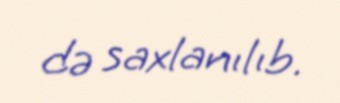
də saxlanılıb.